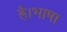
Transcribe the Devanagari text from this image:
है।भाषा